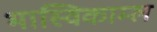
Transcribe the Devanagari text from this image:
भास्विकाम्ल